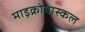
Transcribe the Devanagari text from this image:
माइक्रोपास्कल